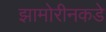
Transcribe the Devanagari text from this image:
झामोरीनकडे